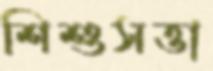
শিশুসত্তা